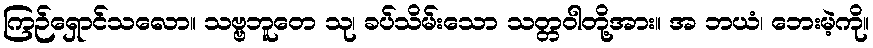
ကြဉ်ရှောင်သလော။ သဗ္ဗဘူတေ သု၊ ခပ်သိမ်းသော သတ္တဝါတို့အား။ အ ဘယံ၊ ဘေးမဲ့ကို။